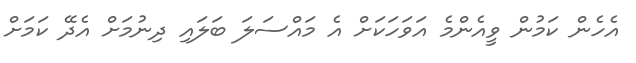
އެހެން ކަމުން ވީއެންމެ އަވަހަކަށް އެ މައްސަލަ ބަލައި ދިނުމަށް އެދޭ ކަމަށް